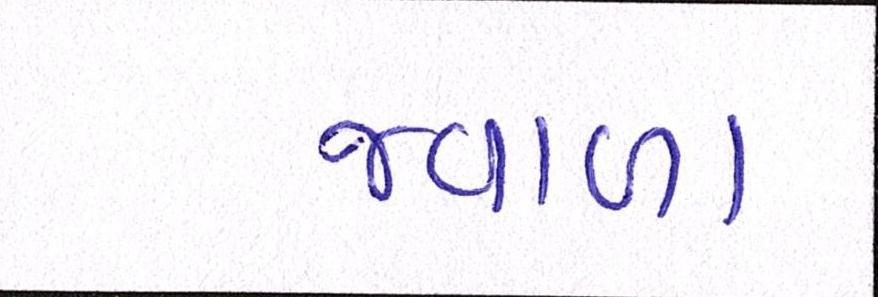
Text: જ્વાળા